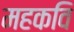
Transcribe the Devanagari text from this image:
महकवि